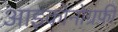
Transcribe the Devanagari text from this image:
आइकोनोग्रफ़ी